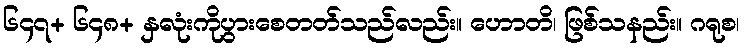
၆၄၇+ ၆၄၈+ နှလုံးကိုပွားစေတတ်သည်လည်း။ ဟောတိ၊ ဖြစ်သနည်း။ ဂရုစ၊